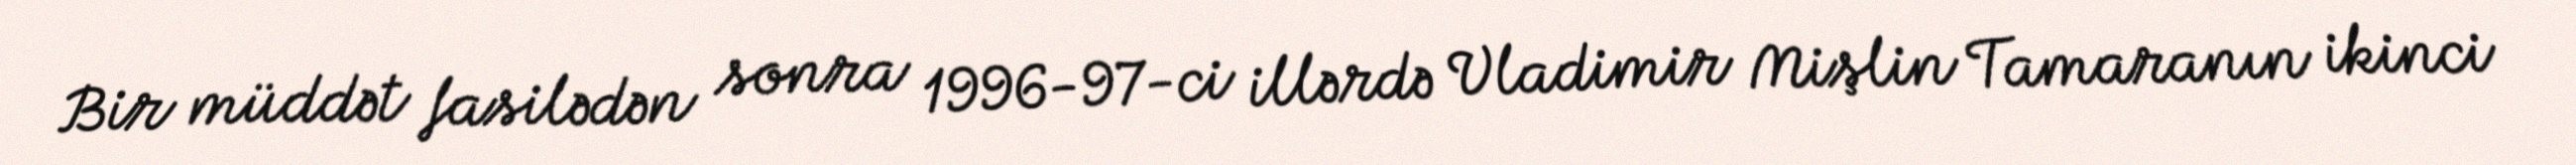
Bir müddət fasilədən sonra 1996-97-ci illərdə Vladimir Mişlin Tamaranın ikinci